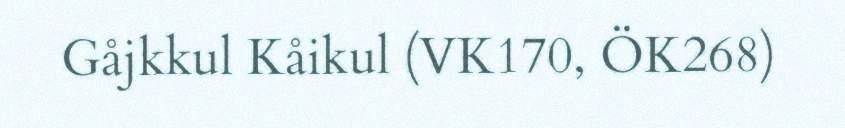
Gåjkkul Kåikul (VK170, ÖK268)